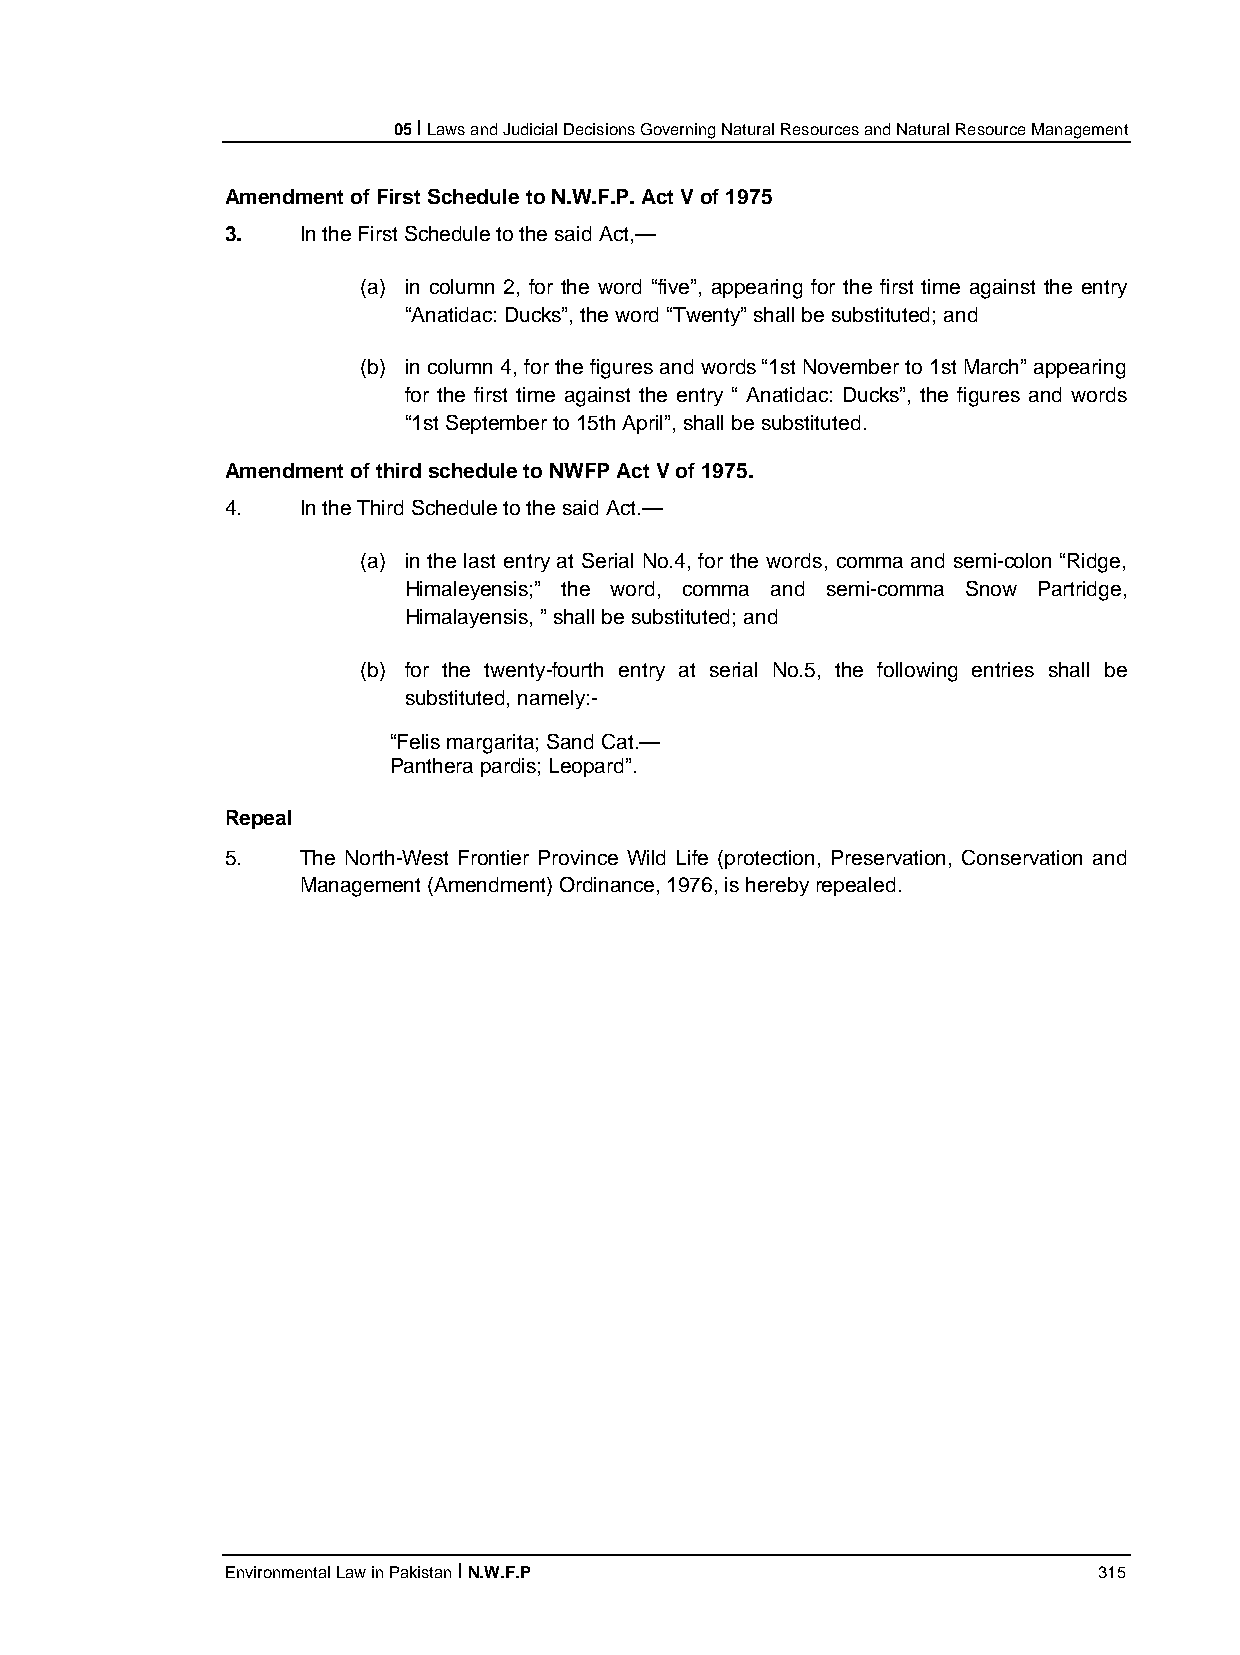
05 I Laws and Judicial Decisions Governing Natural Resources and Natural Resource Management
 Amendment of First Schedule to N.W.F.P. Act V of 1975
 3.   In the First Schedule to the said Act,—
 (a) in column 2, for the word “five”, appearing for the first time against the entry
 “Anatidac: Ducks”, the word “Twenty” shall be substituted; and
 (b) in column 4, for the figures and words “1st November to 1st March” appearing
 for the first time against the entry “ Anatidac: Ducks”, the figures and words
 “1st September to 15th April”, shall be substituted.
 Amendment of third schedule to NWFP Act V of 1975.
 4.   In the Third Schedule to the said Act.—
 (a) in the last entry at Serial No.4, for the words, comma and semi-colon “Ridge,
 Himaleyensis;” the word, comma and semi-comma Snow Partridge,
 Himalayensis, ” shall be substituted; and
 (b) for the twenty-fourth entry at serial No.5, the following entries shall be
 substituted, namely:-
 “Felis margarita; Sand Cat.—
 Panthera pardis; Leopard”.
 Repeal
 5.   The North-West Frontier Province Wild Life (protection, Preservation, Conservation and
 Management (Amendment) Ordinance, 1976, is hereby repealed.
 Environmental Law in Pakistan I N.W.F.P                   315